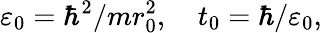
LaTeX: \varepsilon_{0}=\hbar^{2}/mr_{0}^{2},\quad t_{0}=\hbar/\varepsilon_{0},